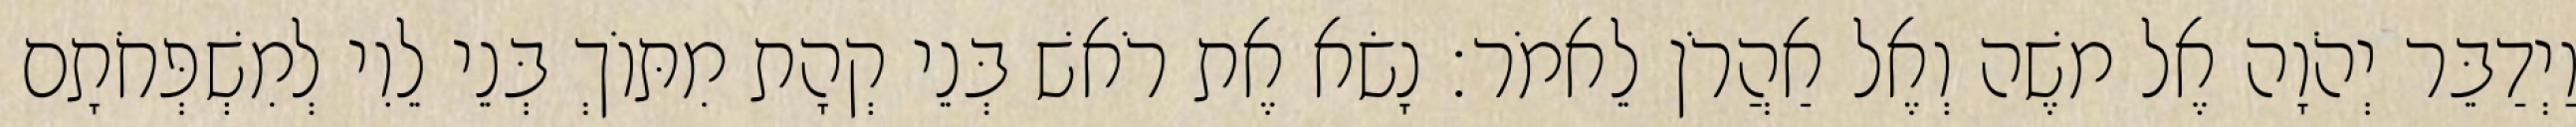
וַיְדַבֵּר יְהֹוָה אֶל משֶׁה וְאֶל אַהֲרֹן לֵאמֹר׃ נָשׂא אֶת רֹאשׁ בְּנֵי קְהָת מִתּוֹךְ בְּנֵי לֵוִי לְמִשְׁפְּחֹתָם